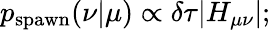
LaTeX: p_{\mathrm{spawn}}(\nu|\mu)\propto\delta\tau|H_{\mathbf{\mu\nu}}|;